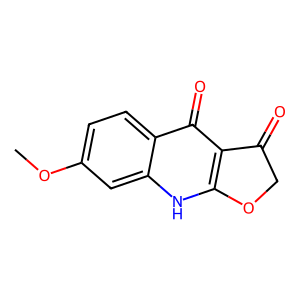
SMILES: COc1ccc2c(=O)c3c([nH]c2c1)OCC3=O
Inhibits HIV replication: No